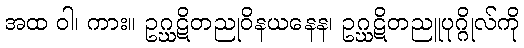
အထ ဝါ၊ ကား။ ဥဂ္ဃဋိတညုဝိနယနေန၊ ဥဂ္ဃဋိတညူပုဂ္ဂိုလ်ကို